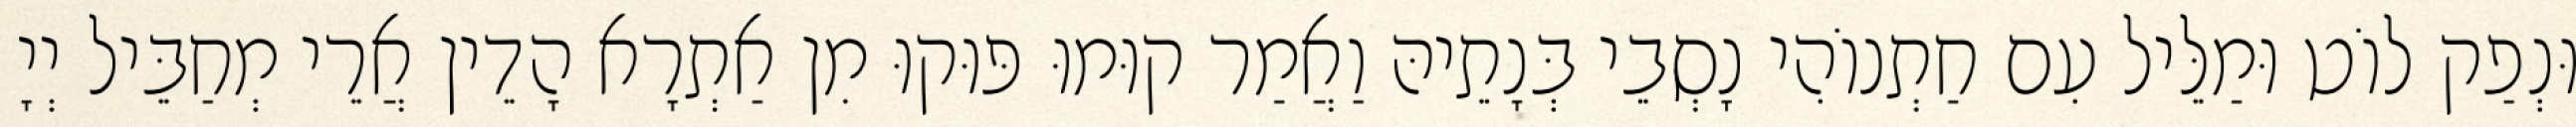
וּנְפַק לוֹט וּמַלֵּיל עִם חַתְנוֹהִי נָסְבֵי בְּנָתֵיהּ וַאֲמַר קוּמוּ פּוּקוּ מִן אַתְרָא הָדֵין אֲרֵי מְחַבֵּיל יְיָ